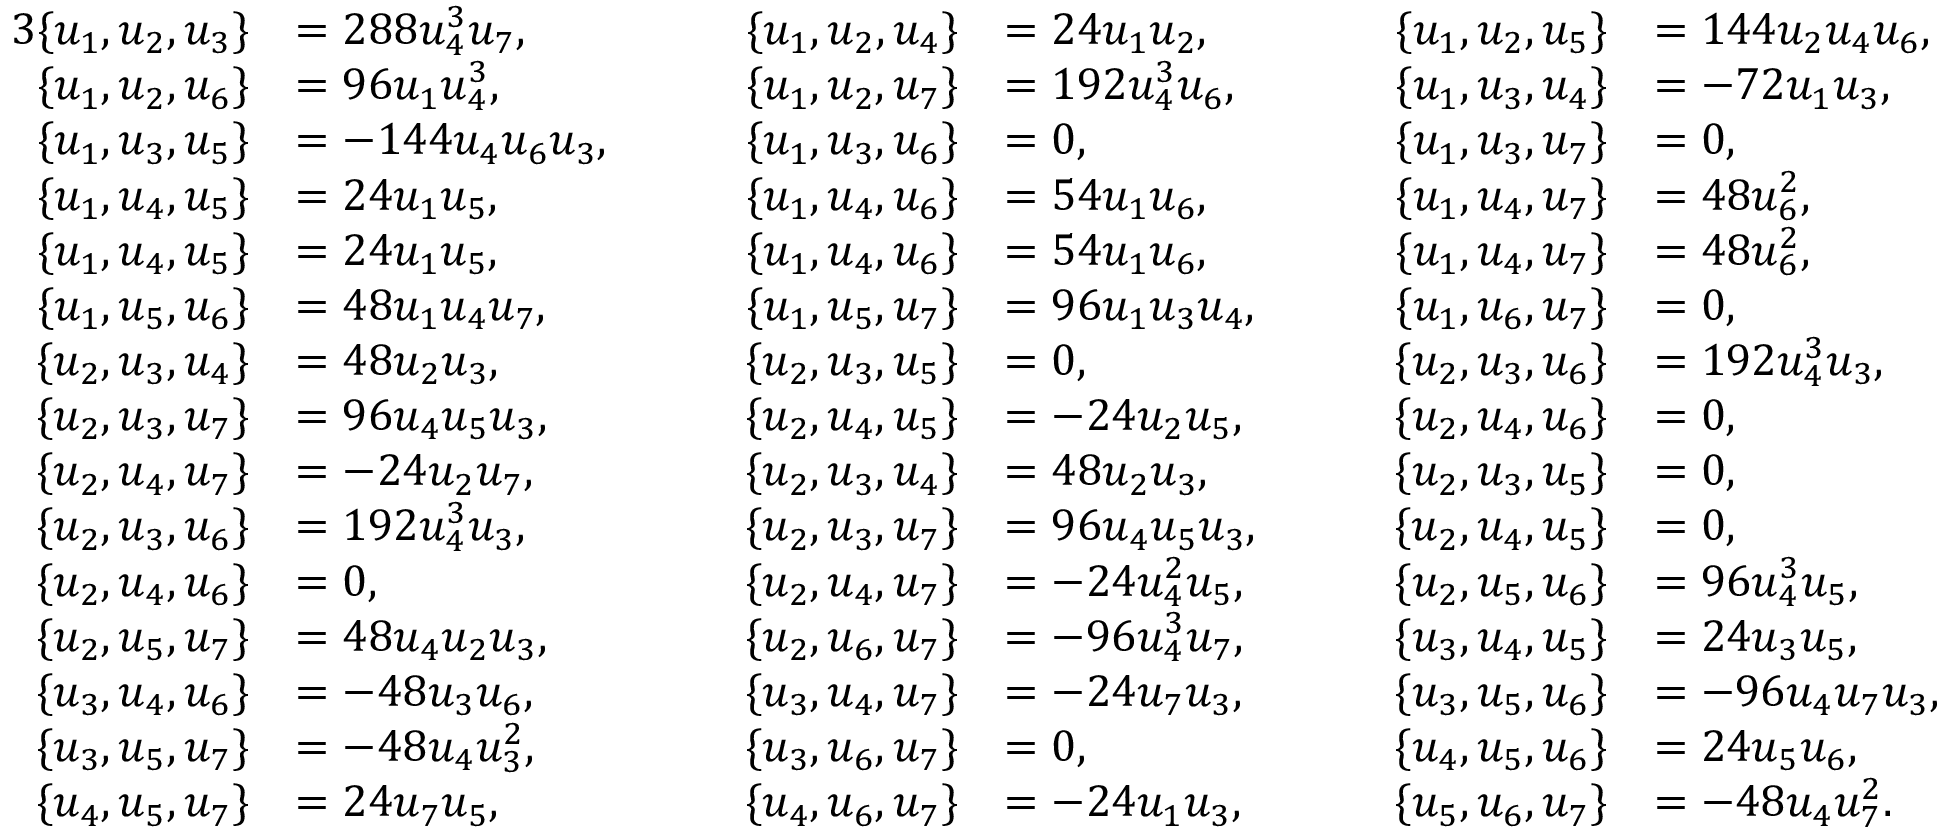
\begin{array} { r l r l r l } { { 3 } \{ u _ { 1 } , u _ { 2 } , u _ { 3 } \} } & { = 2 8 8 u _ { 4 } ^ { 3 } u _ { 7 } , } & { \qquad \{ u _ { 1 } , u _ { 2 } , u _ { 4 } \} } & { = 2 4 u _ { 1 } u _ { 2 } , } & { \qquad \{ u _ { 1 } , u _ { 2 } , u _ { 5 } \} } & { = 1 4 4 u _ { 2 } u _ { 4 } u _ { 6 } , } \\ { \{ u _ { 1 } , u _ { 2 } , u _ { 6 } \} } & { = 9 6 u _ { 1 } u _ { 4 } ^ { 3 } , } & { \qquad \{ u _ { 1 } , u _ { 2 } , u _ { 7 } \} } & { = 1 9 2 u _ { 4 } ^ { 3 } u _ { 6 } , } & { \qquad \{ u _ { 1 } , u _ { 3 } , u _ { 4 } \} } & { = - 7 2 u _ { 1 } u _ { 3 } , } \\ { \{ u _ { 1 } , u _ { 3 } , u _ { 5 } \} } & { = - 1 4 4 u _ { 4 } u _ { 6 } u _ { 3 } , } & { \qquad \{ u _ { 1 } , u _ { 3 } , u _ { 6 } \} } & { = 0 , } & { \qquad \{ u _ { 1 } , u _ { 3 } , u _ { 7 } \} } & { = 0 , } \\ { \{ u _ { 1 } , u _ { 4 } , u _ { 5 } \} } & { = 2 4 u _ { 1 } u _ { 5 } , } & { \qquad \{ u _ { 1 } , u _ { 4 } , u _ { 6 } \} } & { = 5 4 u _ { 1 } u _ { 6 } , } & { \qquad \{ u _ { 1 } , u _ { 4 } , u _ { 7 } \} } & { = 4 8 u _ { 6 } ^ { 2 } , } \\ { \{ u _ { 1 } , u _ { 4 } , u _ { 5 } \} } & { = 2 4 u _ { 1 } u _ { 5 } , } & { \qquad \{ u _ { 1 } , u _ { 4 } , u _ { 6 } \} } & { = 5 4 u _ { 1 } u _ { 6 } , } & { \qquad \{ u _ { 1 } , u _ { 4 } , u _ { 7 } \} } & { = 4 8 u _ { 6 } ^ { 2 } , } \\ { \{ u _ { 1 } , u _ { 5 } , u _ { 6 } \} } & { = 4 8 u _ { 1 } u _ { 4 } u _ { 7 } , } & { \qquad \{ u _ { 1 } , u _ { 5 } , u _ { 7 } \} } & { = 9 6 u _ { 1 } u _ { 3 } u _ { 4 } , } & { \qquad \{ u _ { 1 } , u _ { 6 } , u _ { 7 } \} } & { = 0 , } \\ { \{ u _ { 2 } , u _ { 3 } , u _ { 4 } \} } & { = 4 8 u _ { 2 } u _ { 3 } , } & { \qquad \{ u _ { 2 } , u _ { 3 } , u _ { 5 } \} } & { = 0 , } & { \qquad \{ u _ { 2 } , u _ { 3 } , u _ { 6 } \} } & { = 1 9 2 u _ { 4 } ^ { 3 } u _ { 3 } , } \\ { \{ u _ { 2 } , u _ { 3 } , u _ { 7 } \} } & { = 9 6 u _ { 4 } u _ { 5 } u _ { 3 } , } & { \qquad \{ u _ { 2 } , u _ { 4 } , u _ { 5 } \} } & { = - 2 4 u _ { 2 } u _ { 5 } , } & { \qquad \{ u _ { 2 } , u _ { 4 } , u _ { 6 } \} } & { = 0 , } \\ { \{ u _ { 2 } , u _ { 4 } , u _ { 7 } \} } & { = - 2 4 u _ { 2 } u _ { 7 } , } & { \qquad \{ u _ { 2 } , u _ { 3 } , u _ { 4 } \} } & { = 4 8 u _ { 2 } u _ { 3 } , } & { \qquad \{ u _ { 2 } , u _ { 3 } , u _ { 5 } \} } & { = 0 , } \\ { \{ u _ { 2 } , u _ { 3 } , u _ { 6 } \} } & { = 1 9 2 u _ { 4 } ^ { 3 } u _ { 3 } , } & { \qquad \{ u _ { 2 } , u _ { 3 } , u _ { 7 } \} } & { = 9 6 u _ { 4 } u _ { 5 } u _ { 3 } , } & { \qquad \{ u _ { 2 } , u _ { 4 } , u _ { 5 } \} } & { = 0 , } \\ { \{ u _ { 2 } , u _ { 4 } , u _ { 6 } \} } & { = 0 , } & { \qquad \{ u _ { 2 } , u _ { 4 } , u _ { 7 } \} } & { = - 2 4 u _ { 4 } ^ { 2 } u _ { 5 } , } & { \qquad \{ u _ { 2 } , u _ { 5 } , u _ { 6 } \} } & { = 9 6 u _ { 4 } ^ { 3 } u _ { 5 } , } \\ { \{ u _ { 2 } , u _ { 5 } , u _ { 7 } \} } & { = 4 8 u _ { 4 } u _ { 2 } u _ { 3 } , } & { \qquad \{ u _ { 2 } , u _ { 6 } , u _ { 7 } \} } & { = - 9 6 u _ { 4 } ^ { 3 } u _ { 7 } , } & { \qquad \{ u _ { 3 } , u _ { 4 } , u _ { 5 } \} } & { = 2 4 u _ { 3 } u _ { 5 } , } \\ { \{ u _ { 3 } , u _ { 4 } , u _ { 6 } \} } & { = - 4 8 u _ { 3 } u _ { 6 } , } & { \qquad \{ u _ { 3 } , u _ { 4 } , u _ { 7 } \} } & { = - 2 4 u _ { 7 } u _ { 3 } , } & { \qquad \{ u _ { 3 } , u _ { 5 } , u _ { 6 } \} } & { = - 9 6 u _ { 4 } u _ { 7 } u _ { 3 } , } \\ { \{ u _ { 3 } , u _ { 5 } , u _ { 7 } \} } & { = - 4 8 u _ { 4 } u _ { 3 } ^ { 2 } , } & { \qquad \{ u _ { 3 } , u _ { 6 } , u _ { 7 } \} } & { = 0 , } & { \qquad \{ u _ { 4 } , u _ { 5 } , u _ { 6 } \} } & { = 2 4 u _ { 5 } u _ { 6 } , } \\ { \{ u _ { 4 } , u _ { 5 } , u _ { 7 } \} } & { = 2 4 u _ { 7 } u _ { 5 } , } & { \qquad \{ u _ { 4 } , u _ { 6 } , u _ { 7 } \} } & { = - 2 4 u _ { 1 } u _ { 3 } , } & { \qquad \{ u _ { 5 } , u _ { 6 } , u _ { 7 } \} } & { = - 4 8 u _ { 4 } u _ { 7 } ^ { 2 } . } \end{array}